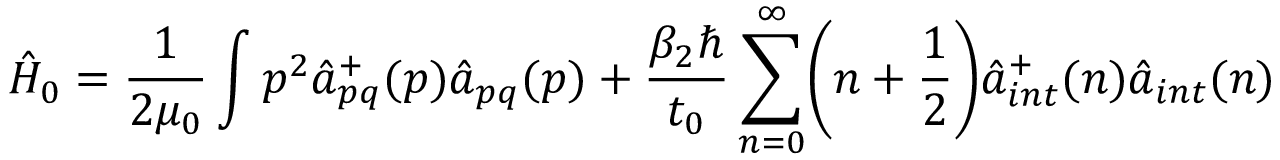
\hat { H } _ { 0 } = \frac { 1 } { 2 \mu _ { 0 } } \int \boldsymbol { p } ^ { 2 } { \hat { a } } _ { p q } ^ { + } ( \boldsymbol { p } ) { \hat { a } } _ { p q } ( \boldsymbol { p } ) + \frac { \beta _ { 2 } \hbar } { t _ { 0 } } \sum _ { n = 0 } ^ { \infty } \biggl ( n + \frac { 1 } { 2 } \biggr ) { \hat { a } } _ { i n t } ^ { + } ( n ) { \hat { a } } _ { i n t } ( n ) \,